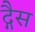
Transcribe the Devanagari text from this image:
द्गैस